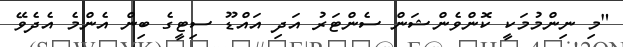
"މި ނިންމުމަކީ ކޮންވެންޝަން ސެންޓަރު އަދި އައްޑޫ ސިޓީގެ ބިން އެންމެ އެދެވޭ